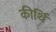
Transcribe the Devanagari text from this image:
कीर्थि